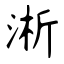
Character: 淅